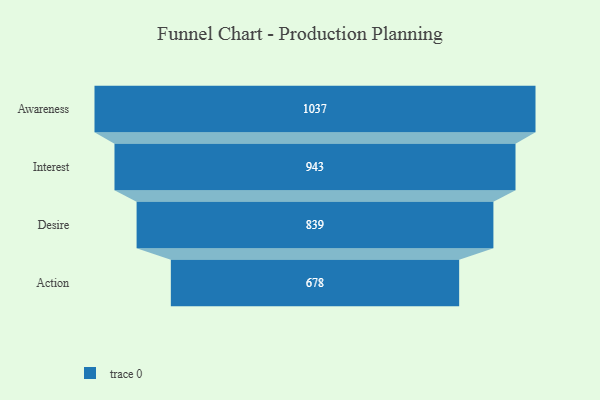
{"axis": {"x": "Stage", "y": "Value"}, "legend": [""], "data": [{"x": "Awareness", "y": 1037.0, "type": ""}, {"x": "Interest", "y": 943.0, "type": ""}, {"x": "Desire", "y": 839.0, "type": ""}, {"x": "Action", "y": 678.0, "type": ""}]}